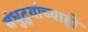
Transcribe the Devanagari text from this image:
बंधुद्वयांच्याही